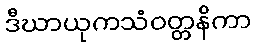
ဒီဃာယုကသံဝတ္တနိကာ